Code of medical and sanitary regulations for the guidance of medical officers serving in the Madras Presidency - Volume II
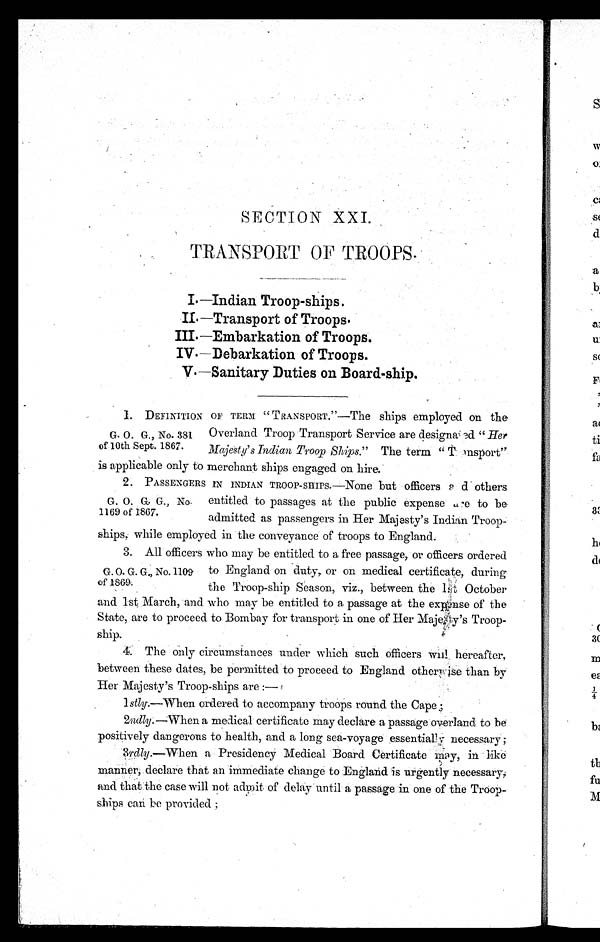
SECTION XXI.
TRANSPORT OF TROOPS.
I.—Indian Troop-ships.
II.—Transport of Troops.
III.—Embarkation of Troops.
IV.—Debarkation of Troops.
V.—Sanitary Duties on Board-ship .
1. DEFINITION OF TERM " TRANSPORT."—The ships employed on the
Overland Troop Transport Service are designated. "Her
Majesty's Indian Troop Ships." The term "Transport"
is applicable only to merchant ships engaged on hire.
2. PASSENGERS IN INDIAN TROOP-SHIPS.—None but officers and others
entitled to passages at the public expense are to be
admitted as passengers in Her Majesty's Indian Troop
-ships, while employed in the conveyance of troops to England.
3. All officers who may be entitled to a free passage, or officers ordered
to England on duty, or on medical certifi cate, during
the Troop-ship season. viz., between the 1st Octobe
r a n d 1 s t M a r c h , a n d w h o m a y b e e n t i t l e d t o a p a s s a g e a t t h e e x p e n s e o f t h e
State, are to proceed to Bombay for transport in one of Her Majesty's Troop-
ship.
4. The only circumstances under which such officers will hereafter,
between these dates, be permitted to proceed to England otherwise than by
Her Majesty's Troop-ships are :—
1 stly.—When ordered to accompany troops round the Cape;
2ndly.—When a medical certificate may declare a passage overland to be
positively dangerous to health, and a long sea-voyage essentially necessary;
3rdly .—When a Presidency Medical Board Certificate may, in like
manner, declare that an immediate change to England is urgently necessary,
and that the case will not admit of delay until a passage in one of the Troop-
ships can be provided ;
G. O. G., No. 381.
of 10th Sept. 1867.
G. O. G. G., No
. 1169 of 1867.
G. O. G. G., No. 1109
of 1869.